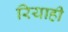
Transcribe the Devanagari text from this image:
रियाही